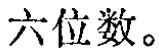
六位数。